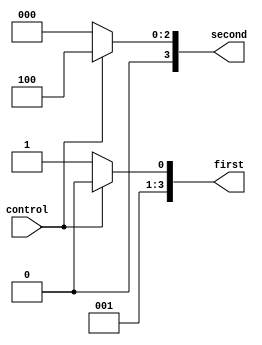
module clock_limit(
	input          control,
	output reg[3:0] first,
	output reg[3:0] second
);

always@(*)
begin
	
	if(control)
	begin
		first <= 4'd2;
		second <= 4'd4;
	end
	else
	begin
		first <= 4'd3;
		second <= 4'd0;
	end
	
end


endmodule